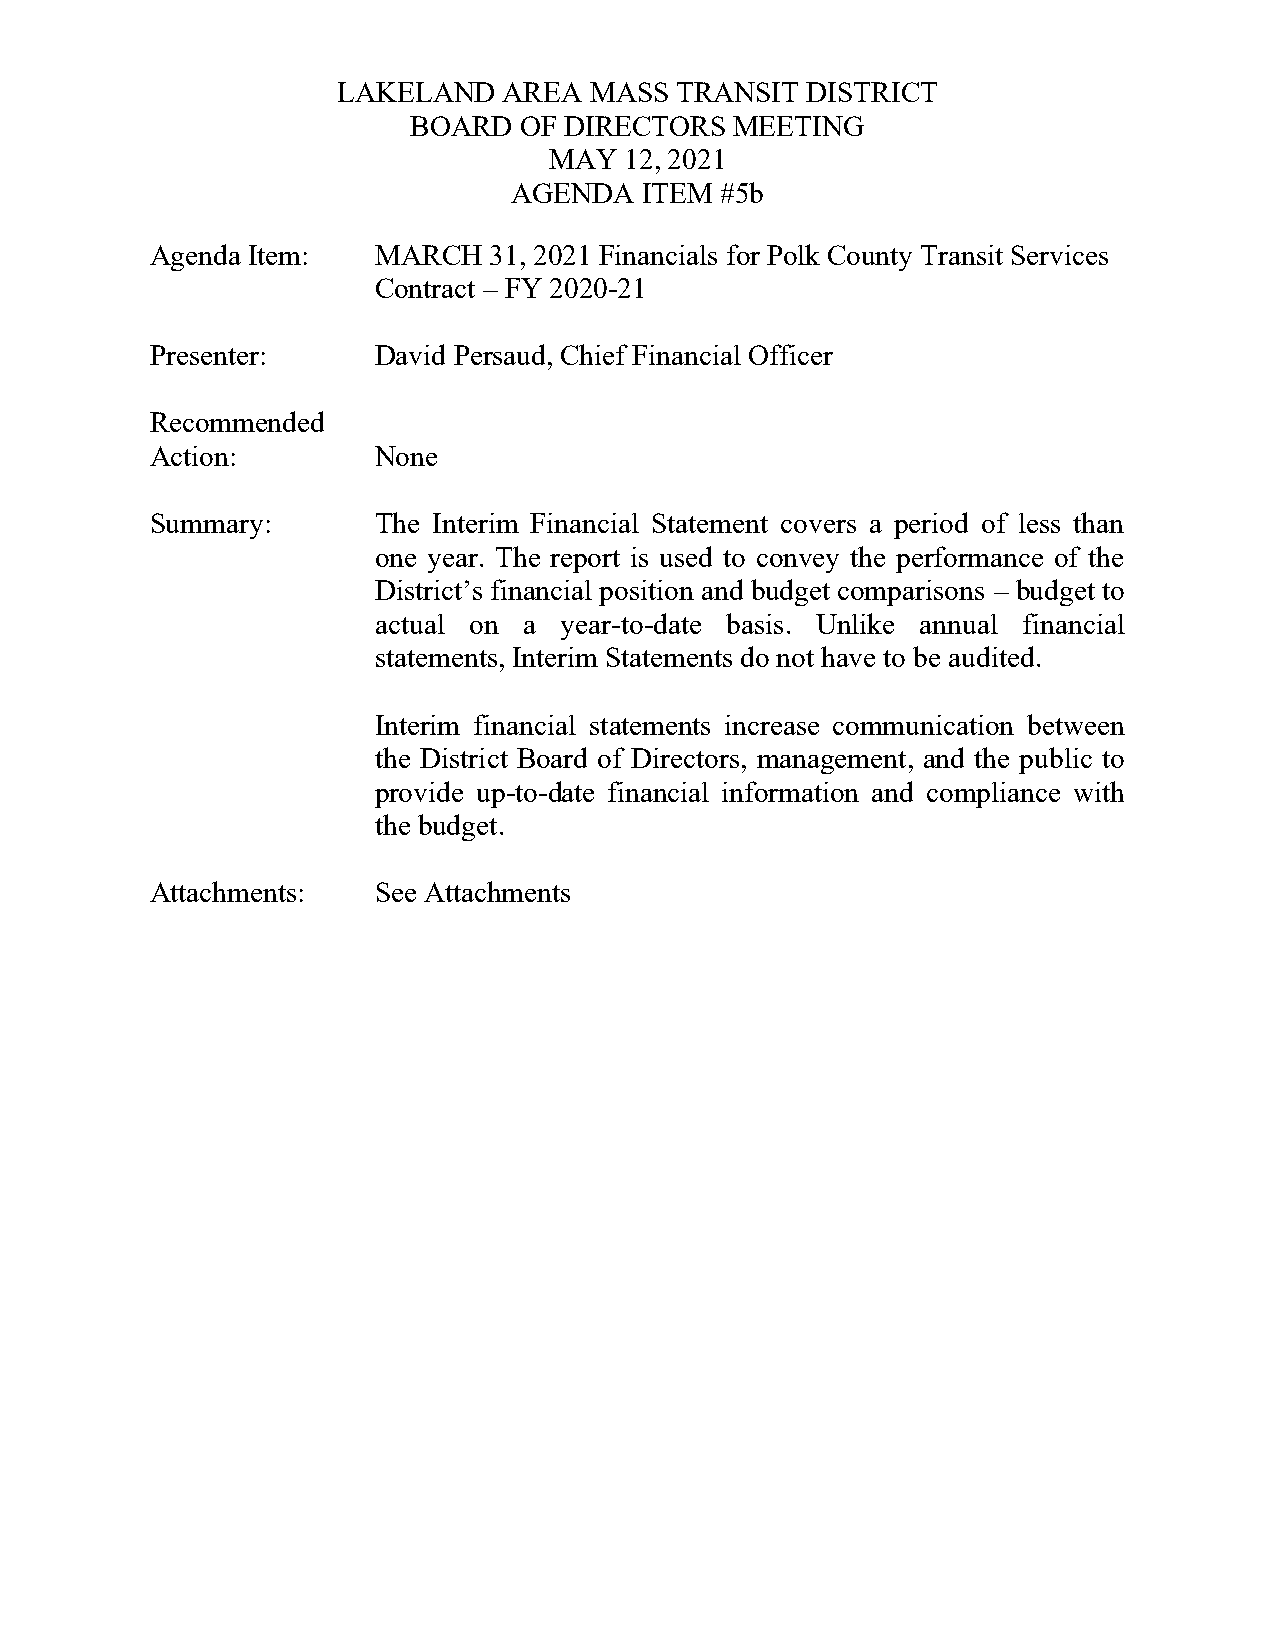
LAKELAND   AREA  MASS  TRANSIT DISTRICT
 BOARD  OF DIRECTORS   MEETING
 MAY  12, 2021
 AGENDA  ITEM  #5b
 Agenda Item:   MARCH  31, 2021 Financials for Polk County Transit Services
 Contract – FY 2020-21
 Presenter:     David Persaud, Chief Financial Officer
 Recommended
 Action:        None
 Summary:       The Interim Financial Statement covers a period of less than
 one year. The report is used to convey the performance of the
 District’s financial position and budget comparisons – budget to
 actual on a year-to-date basis. Unlike annual financial
 statements, Interim Statements do not have to be audited.
 Interim financial statements increase communication between
 the District Board of Directors, management, and the public to
 provide up-to-date financial information and compliance with
 the budget.
 Attachments:   See Attachments